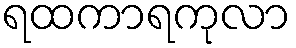
ရထကာရကုလာ